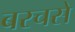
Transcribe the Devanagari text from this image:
बरचसे